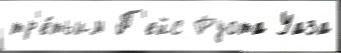
тр'е́тьим П'ейс Руота Уаза